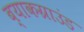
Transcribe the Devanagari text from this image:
ब्याकग्राउंड